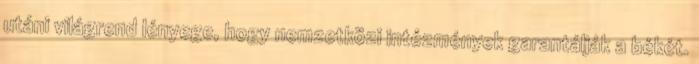
utáni világrend lényege, hogy nemzetközi intézmények garantálják a békét.